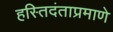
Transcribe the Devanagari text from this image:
हस्तिदंताप्रमाणे